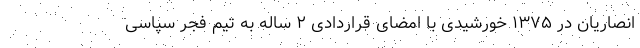
انصاریان در ۱۳۷۵ خورشیدی با امضای قراردادی ۲ ساله به تیم فجر سپاسی